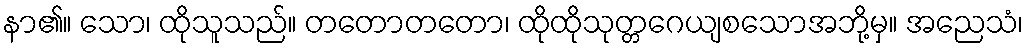
နာ၏။ သော၊ ထိုသူသည်။ တတောတတော၊ ထိုထိုသုတ္တဂေယျစသောအဘို့မှ။ အညေသံ၊